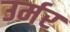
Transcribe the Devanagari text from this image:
उर्मर